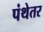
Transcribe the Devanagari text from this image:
पंथेतर